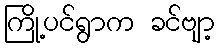
ကြို့ပင်ရွာက ခင်ဗျာ့